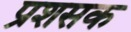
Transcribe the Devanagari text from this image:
प्रशसक